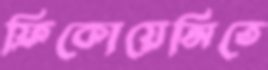
ফ্রিকোয়েন্সিতে